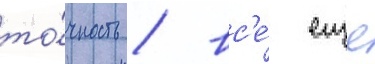
то́чность / вс'е́ еще